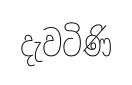
දැවටිණි